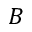
B